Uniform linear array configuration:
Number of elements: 24
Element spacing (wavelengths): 0.5
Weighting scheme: kaiser
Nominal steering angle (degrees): -15
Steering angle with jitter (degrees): -14.623
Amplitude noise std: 0.05
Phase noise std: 0.05

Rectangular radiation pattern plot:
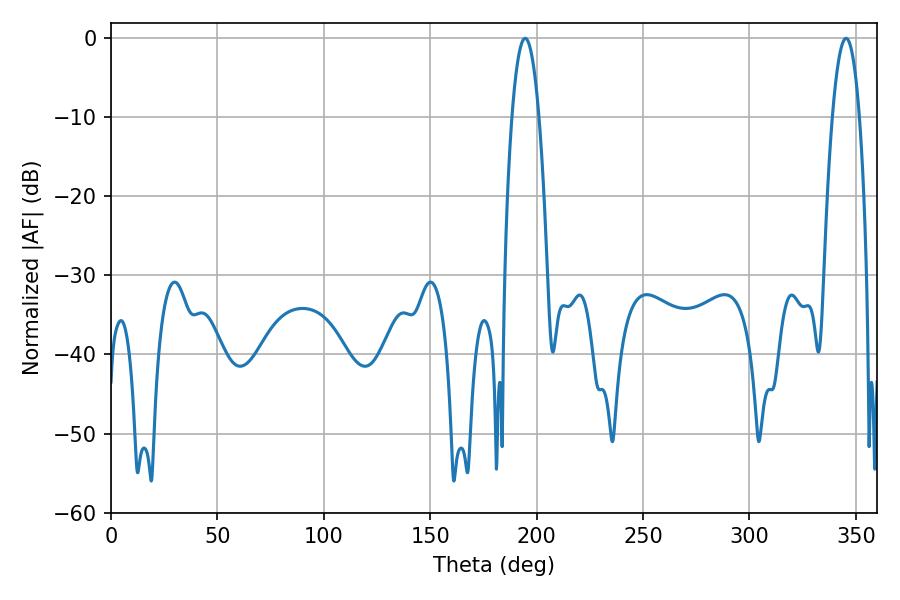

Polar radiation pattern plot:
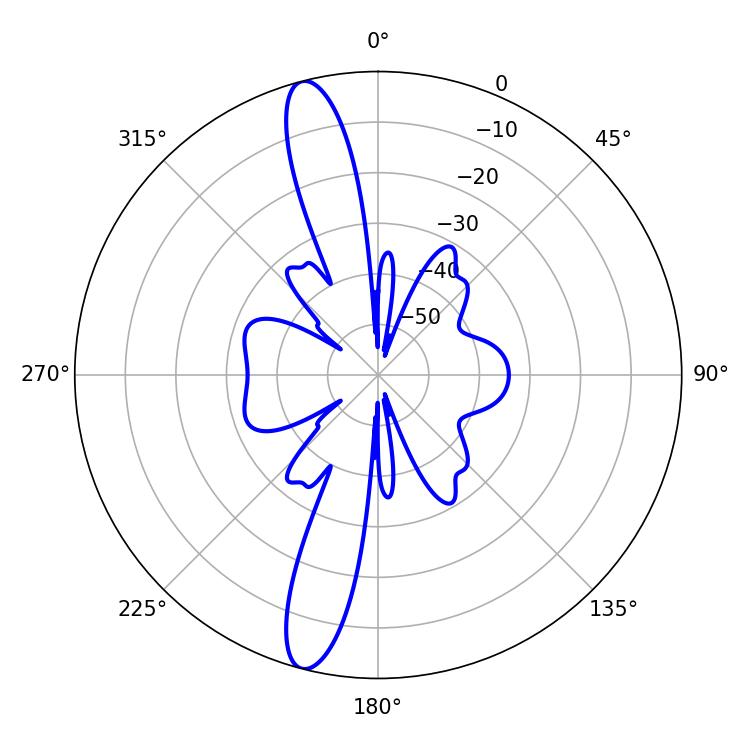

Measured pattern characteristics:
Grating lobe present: FALSE
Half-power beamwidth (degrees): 7.02
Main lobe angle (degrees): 194.58